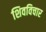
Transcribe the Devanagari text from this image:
शिवविचार